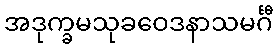
အဒုက္ခမသုခဝေဒနာသမင်္ဂီ